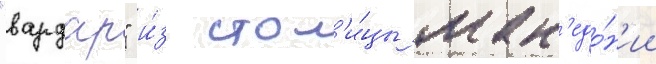
"вардар" и́з стол'и́цы мак'едо́н'ии